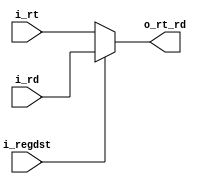
`timescale 1ns / 1ps
//////////////////////////////////////////////////////////////////////////////////
// Company: UNC FCEFyN
// 
// Design Name: 
// Module Name: MUX_RT_RD
// Project Name: MIPS
// Target Devices: 
// Tool Versions: 
// Description: 
// 
// Dependencies: 
// 
// Revision:
// Revision 0.01 - File Created
// Additional Comments:
// 
//////////////////////////////////////////////////////////////////////////////////


module MUX_RT_RD
    #(
        parameter DATA_WIDTH = 32
    )
    (
        input [4:0]  i_rt,
        input [4:0]  i_rd,
        input        i_regdst,
        output [4:0] o_rt_rd
    );

    assign o_rt_rd = i_regdst ? i_rd : i_rt;
endmodule